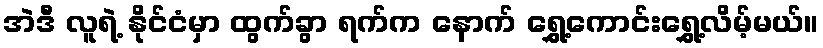
အဲဒီ လူရဲ့ နိုင်ငံမှာ ထွက်ခွာ ရက်က နောက် ရွှေ့ကောင်းရွှေ့လိမ့်မယ်။